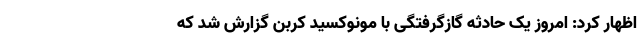
اظهار کرد: امروز یک حادثه گازگرفتگی با مونوکسید کربن گزارش شد که